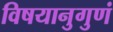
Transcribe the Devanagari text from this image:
विषयानुगुणं